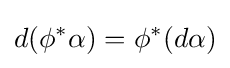
d(\phi ^{*}\alpha )=\phi ^{*}(d\alpha )